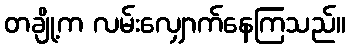
တချို့က လမ်းလျှောက်နေကြသည်။